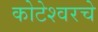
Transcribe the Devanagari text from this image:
कोटेश्वरचे